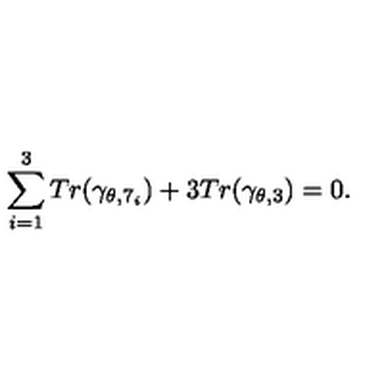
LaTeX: \sum _ { i = 1 } ^ { 3 } T r ( \gamma _ { \theta , 7 _ { i } } ) + 3 T r ( \gamma _ { \theta , 3 } ) = 0 .